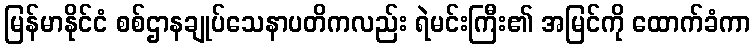
မြန်မာနိုင်ငံ စစ်ဌာနချုပ်သေနာပတိကလည်း ရဲမင်းကြီး၏ အမြင်ကို ထောက်ခံကာ